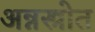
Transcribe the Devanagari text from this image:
अन्नस्त्रोत